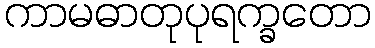
ကာမဓာတုပုရက္ခတော